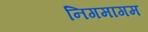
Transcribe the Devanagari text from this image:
निगमागम